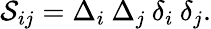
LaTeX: {\cal S}_{ij}=\Delta_{i}\: \Delta_{j}\: \delta_{i}\: \delta_{j}.